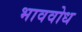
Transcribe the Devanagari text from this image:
भाववोध